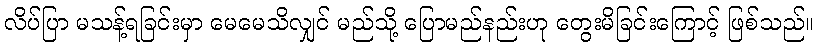
လိပ်ပြာ မသန့်ရခြင်းမှာ မေမေသိလျှင် မည်သို့ ပြောမည်နည်းဟု တွေးမိခြင်းကြောင့် ဖြစ်သည်။